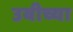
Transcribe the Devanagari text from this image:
उबीच्या